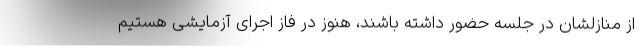
از منازلشان در جلسه حضور داشته باشند، هنوز در فاز اجرای آزمایشی هستیم